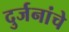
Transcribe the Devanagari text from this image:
दुर्जनांचे